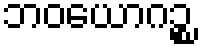
ဘဝယောဂဉ္စ